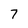
Character: 7